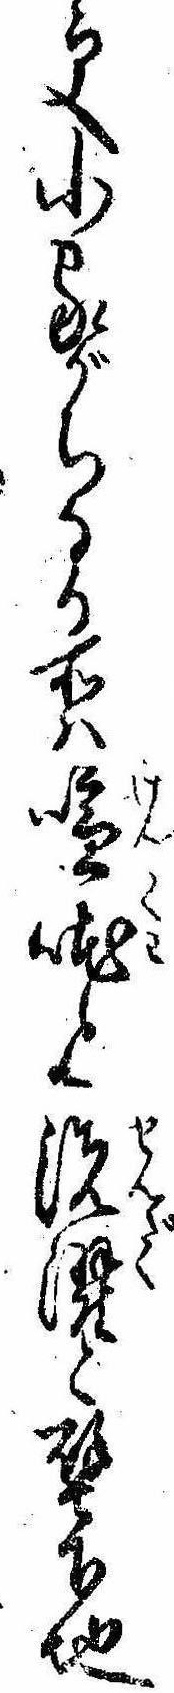
更小家がちなる所は喧と洗濯と壁下地